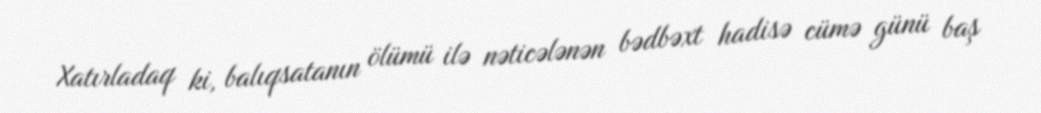
Xatırladaq ki, balıqsatanın ölümü ilə nəticələnən bədbəxt hadisə cümə günü baş